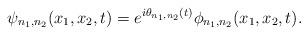
LaTeX: \begin{align*}\psi_{n_1,n_2} (x_1,x_2,t)=e^{i\theta_{n_1,n_2}(t)}\phi_{n_1,n_2}(x_1,x_2,t). \end{align*}